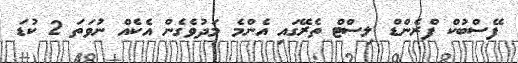
ފޭސްބުކް ފްރެންޑް ލިސްޓް ތެރޭގައި އެންމެ މަދުވެގެން އެކެއް ނުވަތަ 2 ކުޑަ